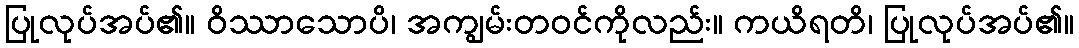
ပြုလုပ်အပ်၏။ ဝိဿာသောပိ၊ အကျွမ်းတဝင်ကိုလည်း။ ကယိရတိ၊ ပြုလုပ်အပ်၏။